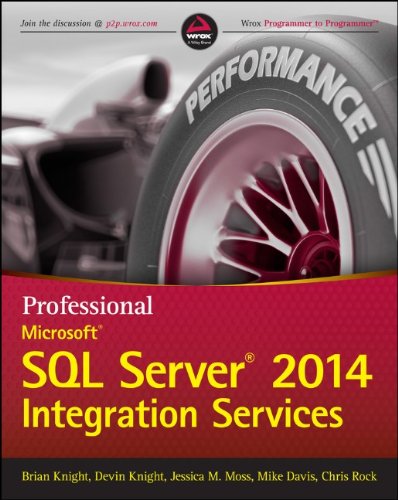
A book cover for Professional Microsoft SQL Server 2014 Integration Services (Wrox Programmer to Programmer); Brian Knight; Computers & Technology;